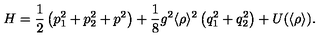
H = \frac { 1 } { 2 } \left( p _ { 1 } ^ { 2 } + p _ { 2 } ^ { 2 } + p ^ { 2 } \right) + \frac { 1 } { 8 } g ^ { 2 } \langle \rho \rangle ^ { 2 } \left( q _ { 1 } ^ { 2 } + q _ { 2 } ^ { 2 } \right) + U ( \langle \rho \rangle ) .